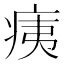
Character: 痍